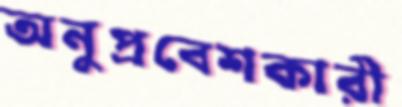
অনুপ্রবেশকারী